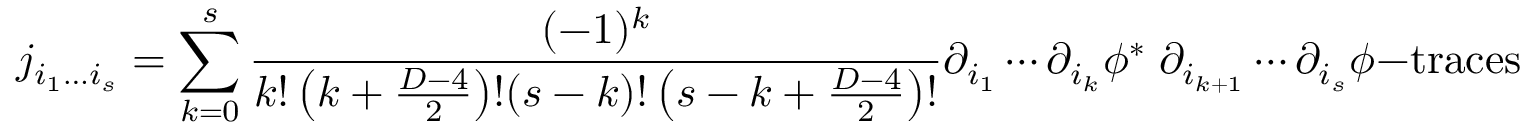
j _ { i _ { 1 } \ldots i _ { s } } = \sum _ { k = 0 } ^ { s } { \frac { ( - 1 ) ^ { k } } { k ! \left( k + { \frac { D - 4 } { 2 } } \right) ! ( s - k ) ! \left( s - k + { \frac { D - 4 } { 2 } } \right) ! } } \partial _ { i _ { 1 } } \cdots \partial _ { i _ { k } } \phi ^ { * } \; \partial _ { i _ { k + 1 } } \cdots \partial _ { i _ { s } } \phi - \mathrm { t r a c e s }